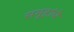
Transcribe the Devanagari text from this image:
समूहांचे